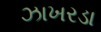
ઝાખરડા